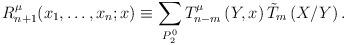
LaTeX: \begin{align*}R_{n+1}^\mu (x_1,\ldots ,x_n;x)\equiv \sum\limits_{P_2^0}T_{n-m}^\mu \left(Y,x\right) \tilde{T}_m\left( X/Y\right) . \end{align*}